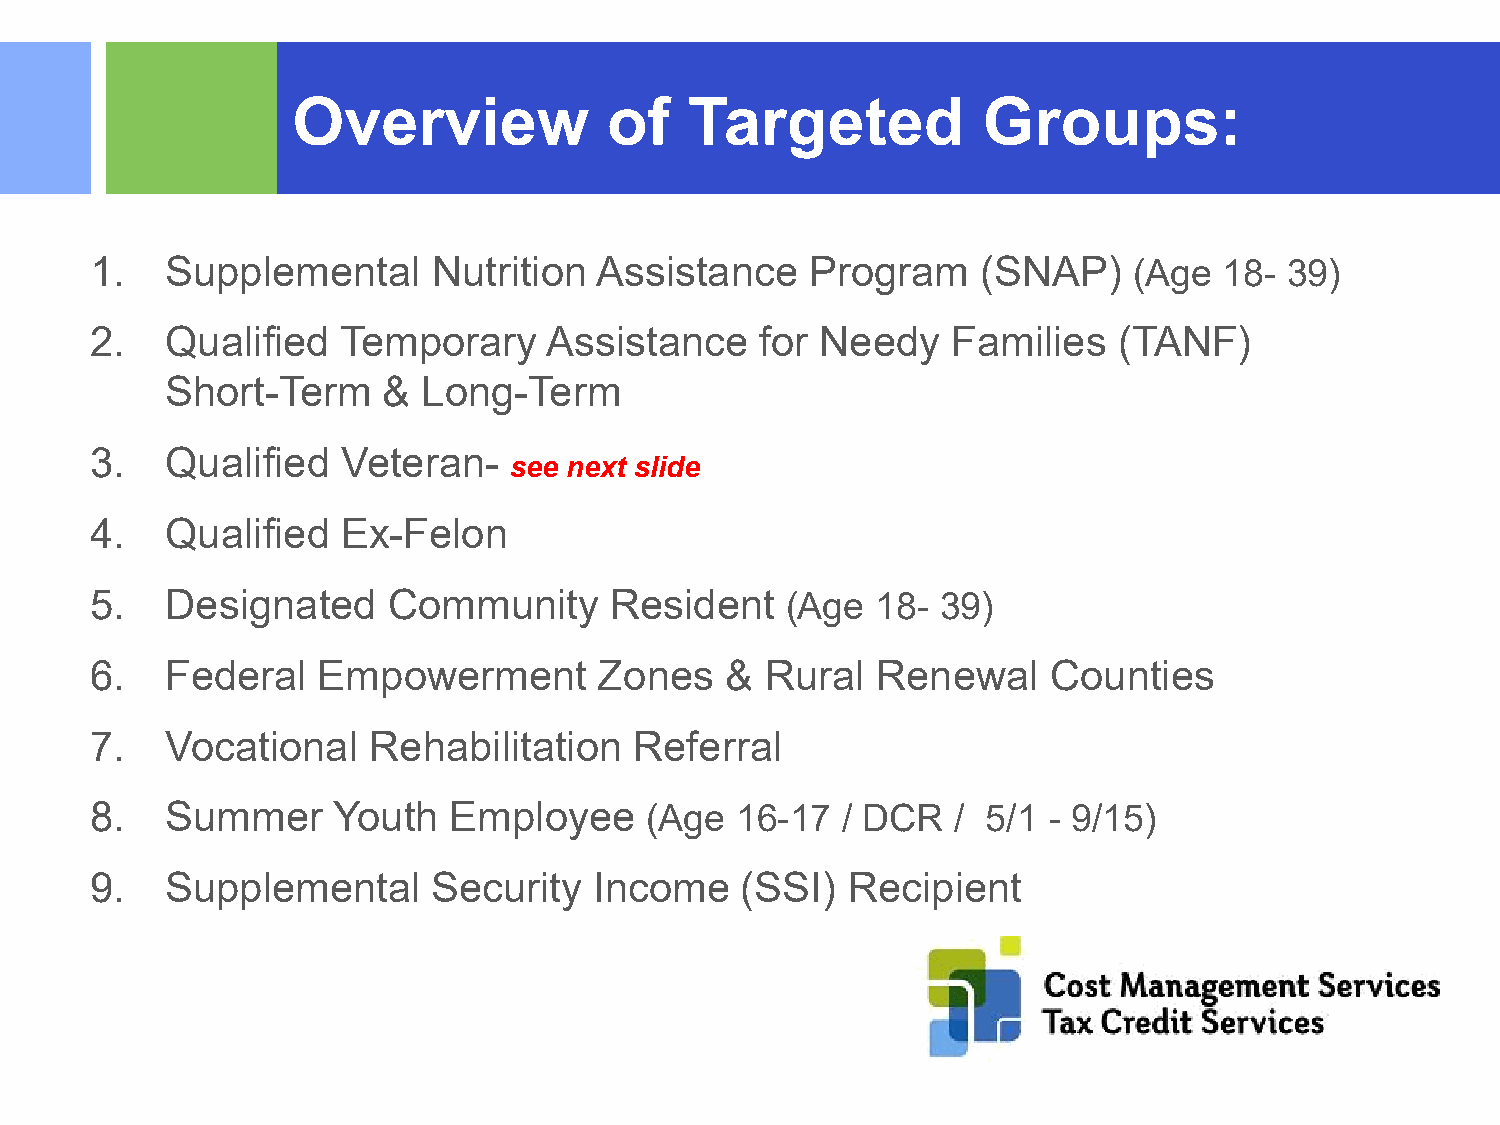
Overview             of    Targeted           Groups:
 1.   Supplemental      Nutrition Assistance     Program    (SNAP)    (Age  18- 39)
 2.   Qualified   Temporary    Assistance    for Needy    Families   (TANF)
 Short-Term    &  Long-Term
 3.   Qualified   Veteran-
 see next slide
 4.   Qualified   Ex-Felon
 5.   Designated     Community     Resident    (Age  18- 39)
 6.   Federal   Empowerment        Zones   &  Rural  Renewal     Counties
 7.   Vocational   Rehabilitation    Referral
 8.   Summer     Youth   Employee     (Age  16-17  / DCR  / 5/1 - 9/15)
 9.   Supplemental      Security  Income    (SSI)  Recipient
 ©2015 RSM US LLP. All Rights Reserved.